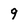
Character: 9